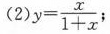
(2) y=\frac{x}{1+x};